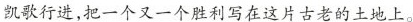
凯歌行进，把一个又一个胜利写在这片古老的土地上。